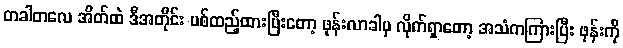
တခါတလေ အိတ်ထဲ ဒီအတိုင်း ပစ်ထည့်ထားပြီးတော့ ဖုန်းလာခါမှ လိုက်ရှာတော့ အသံကကြားပြီး ဖုန်းကို